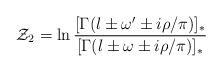
LaTeX: \begin{align*}{\cal Z}_2=\ln\frac{[\Gamma(l \pm \omega'\pm i\rho/\pi)]_*}{[\Gamma(l \pm \omega\pm i\rho/\pi)]_*}\end{align*}